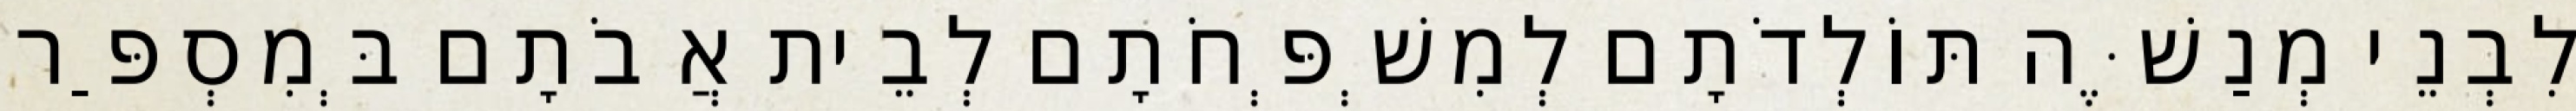
לִבְנֵי מְנַשֶּׁה תּוֹלְדֹתָם לְמִשְׁפְּחֹתָם לְבֵית אֲבֹתָם בְּמִסְפַּר